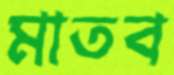
মাতব